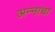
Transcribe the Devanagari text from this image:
अन्‍नाचा